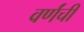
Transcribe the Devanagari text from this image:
वर्णंची